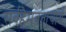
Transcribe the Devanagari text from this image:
सर्वहैमवताचार्य